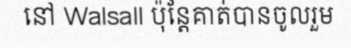
នៅ Walsall ប៉ុន្តែគាត់បានចូលរួម